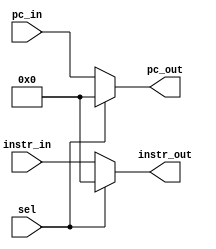
module stall ( sel, pc_in, instr_in, pc_out, instr_out ) ;
input sel ;
input [31:0] pc_in, instr_in;

output [31:0] pc_out, instr_out;

assign pc_out = sel ? 32'b0 : pc_in;
assign instr_out = sel ? 32'b0 : instr_in;

endmodule